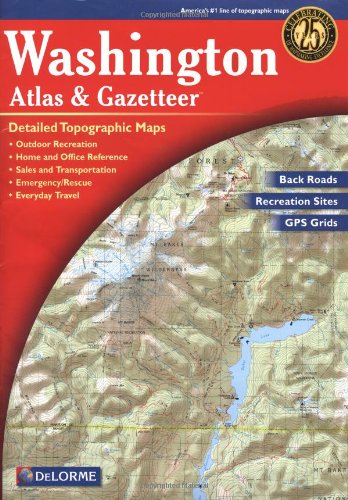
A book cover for Washington Atlas & Gazetteer; DeLorme; Reference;